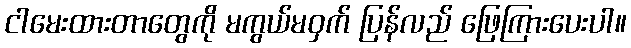
ငါမေးထားတာတွေကို မကွယ်မဝှက် ပြန်လည် ဖြေကြားပေးပါ။